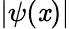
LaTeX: |\psi(\mathit{x})|